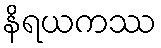
နိရယကဿ